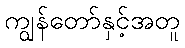
ကျွန်တော်နှင့်အတူ